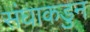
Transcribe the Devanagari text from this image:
संघाकडुन